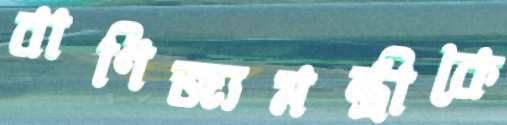
বাণিজ্যমন্ত্রীকে